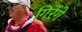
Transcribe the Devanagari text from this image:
गिरेंगे